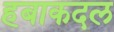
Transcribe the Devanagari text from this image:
हबाकदल